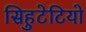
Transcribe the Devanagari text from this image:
सिहुटेटियो